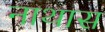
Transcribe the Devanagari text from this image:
नाथास